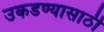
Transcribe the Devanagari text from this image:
उकडण्यासाठी